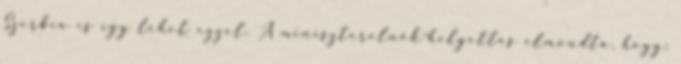
Szerbia is így lehet ezzel. A miniszterelnök-helyettes elmondta, hogy: